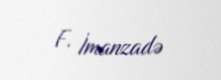
F. İmanzadə